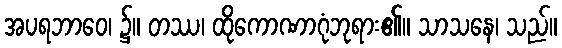
အပရဘာဝေ၊ ၌။ တဿ၊ ထိုကောဏာဂုံဘုရား၏။ သာသနေ၊ သည်။